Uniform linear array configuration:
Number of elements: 64
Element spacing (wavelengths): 0.5
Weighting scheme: uniform
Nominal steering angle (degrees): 45
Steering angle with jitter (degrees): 44.767
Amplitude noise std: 0.05
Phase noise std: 0.05

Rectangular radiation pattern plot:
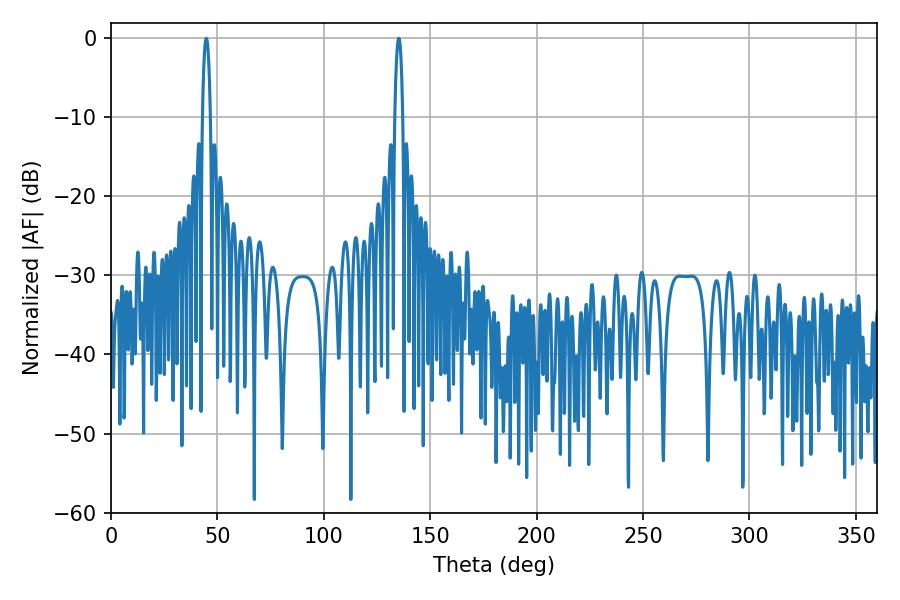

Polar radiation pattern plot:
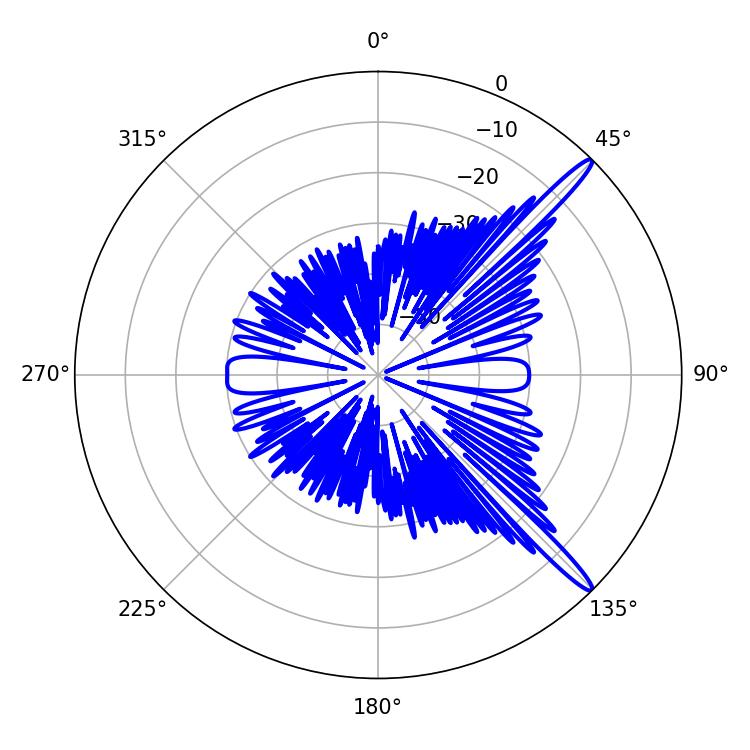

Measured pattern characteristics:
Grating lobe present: FALSE
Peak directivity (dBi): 15.119
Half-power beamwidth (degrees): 2.16
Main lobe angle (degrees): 135.18